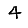
Digit: 4